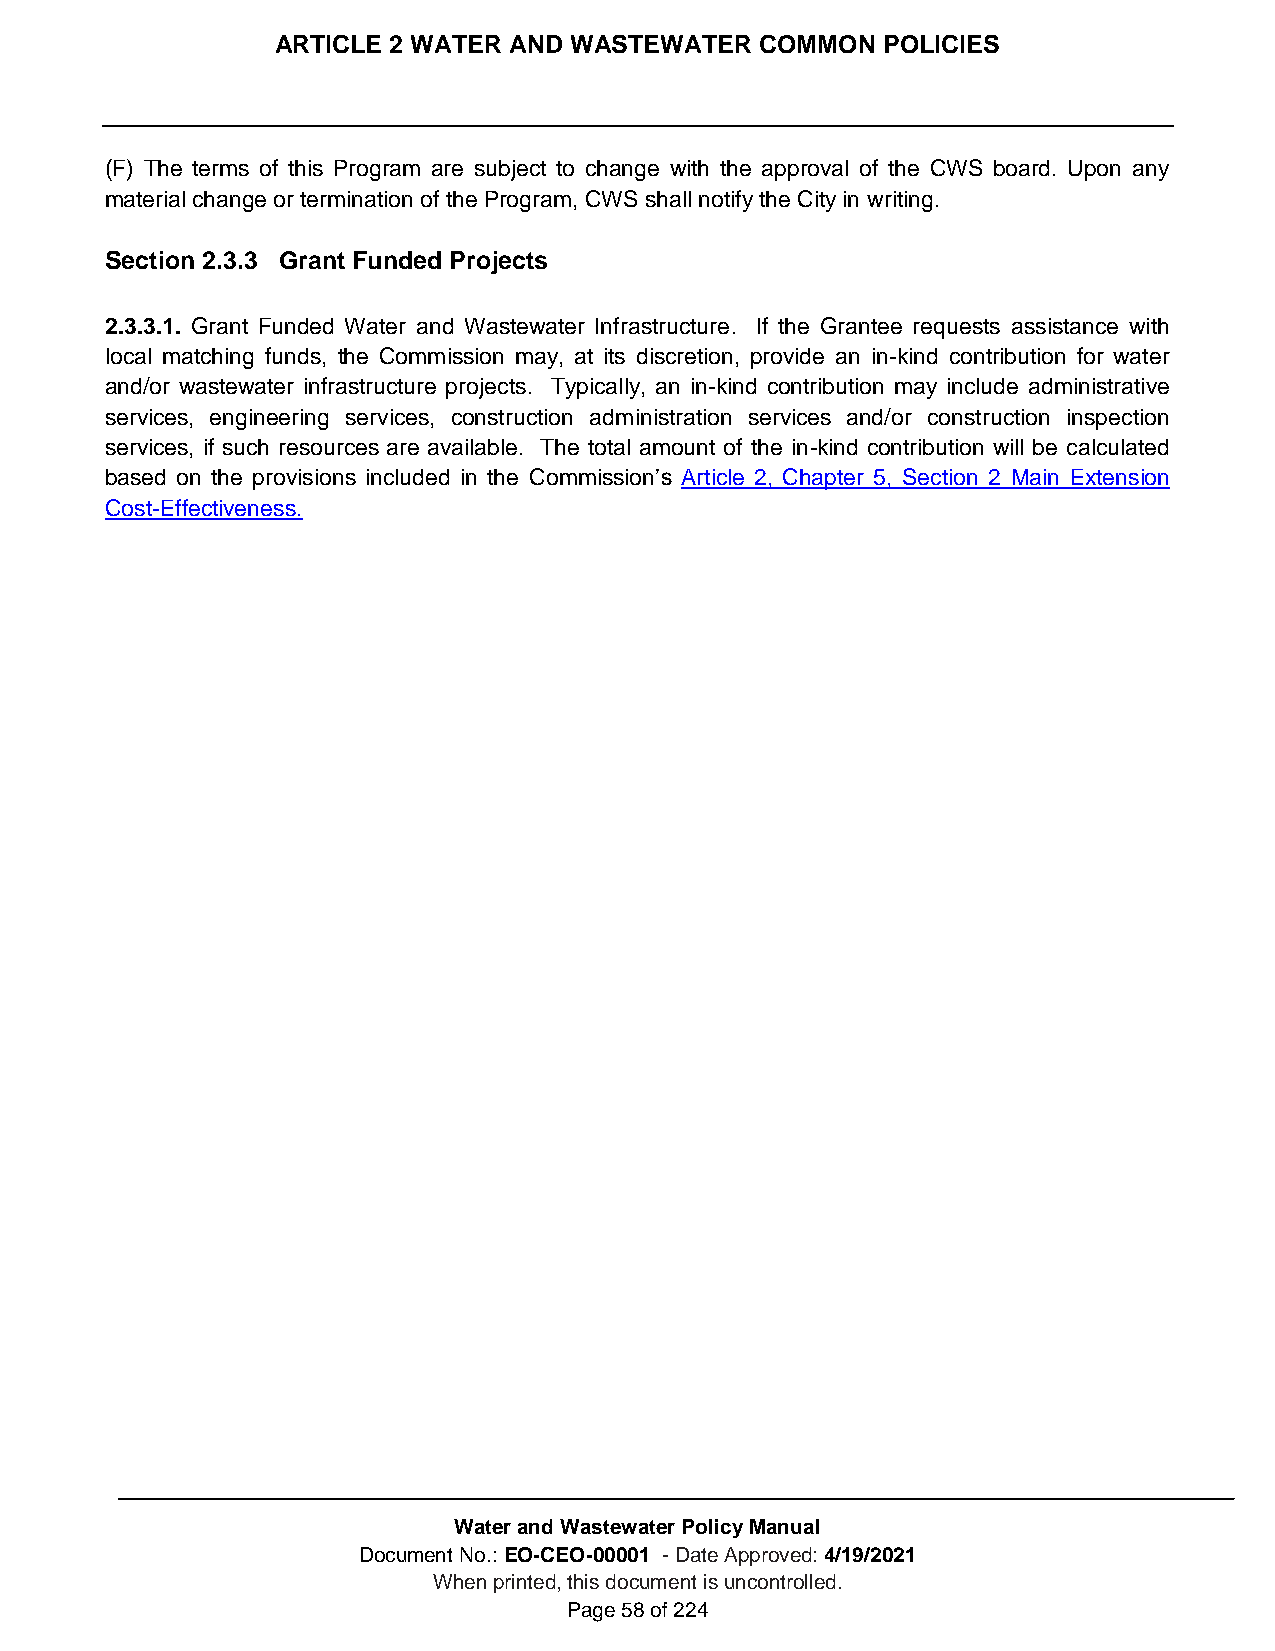
ARTICLE 2 WATER AND WASTEWATER  COMMON  POLICIES
 (F) The terms of this Program are subject to change with the approval of the CWS board. Upon any
 material change or termination of the Program, CWS shall notify the City in writing.
 Section 2.3.3 Grant Funded Projects
 2.3.3.1. Grant Funded Water and Wastewater Infrastructure. If the Grantee requests assistance with
 local matching funds, the Commission may, at its discretion, provide an in-kind contribution for water
 and/or wastewater infrastructure projects. Typically, an in-kind contribution may include administrative
 services, engineering services, construction administration services and/or construction inspection
 services, if such resources are available. The total amount of the in-kind contribution will be calculated
 based on the provisions included in the Commission’s Article 2, Chapter 5, Section 2 Main Extension
 Cost-Effectiveness.
 Water and Wastewater Policy Manual
 Document No.: EO-CEO-00001 - Date Approved: 4/19/2021
 When printed, this document is uncontrolled.
 Page 58 of 224